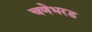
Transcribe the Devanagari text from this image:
चणेभरड